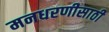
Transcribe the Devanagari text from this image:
मनधरणीसाठी